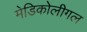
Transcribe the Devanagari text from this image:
मेडिकोलीगल